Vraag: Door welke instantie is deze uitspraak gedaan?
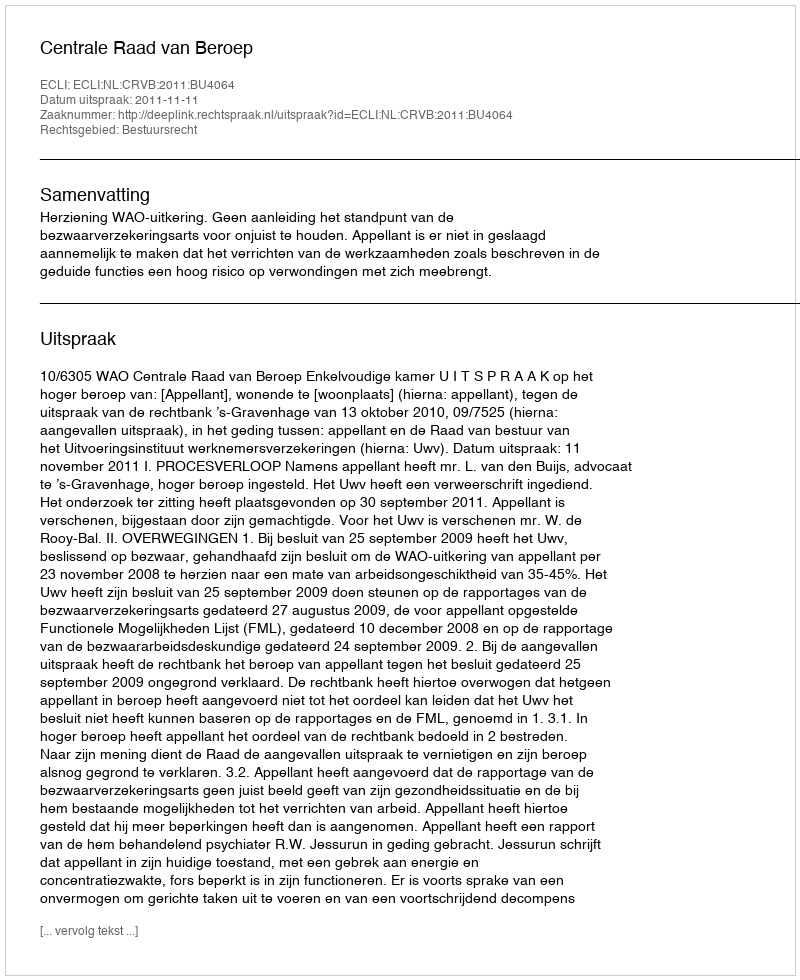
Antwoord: Centrale Raad van Beroep